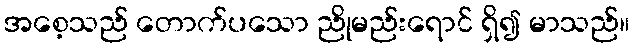
အစေ့သည် တောက်ပသော ညိုမည်းရောင် ရှိ၍ မာသည်။